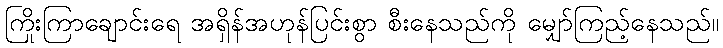
ကြိုးကြာချောင်းရေ အရှိန်အဟုန်ပြင်းစွာ စီးနေသည်ကို မျှော်ကြည့်နေသည်။